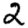
Digit: 2